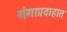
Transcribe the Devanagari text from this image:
गंगाप्रवाहात